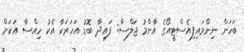
ބަހަން ނިންމައިފިއެސްޓީއޯގެ އާންމު ޖަލްސާ: ފައިދާ ބޮޑު އަހަރަކާ އެކު ހިއްސާ އަކަށް